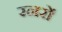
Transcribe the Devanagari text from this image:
रनरों